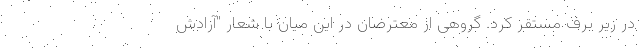
در زیر برف مستقر کرد. گروهی از معترضان در این میان با شعار "آزادش